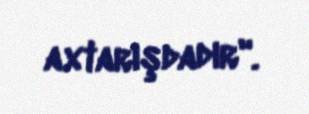
axtarışdadır".